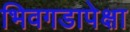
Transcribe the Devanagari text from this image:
भिवगडापेक्षा